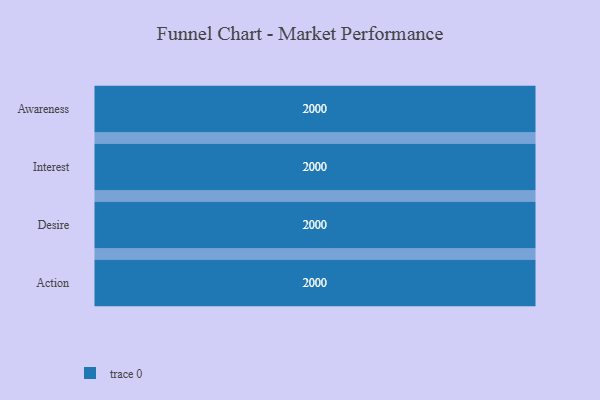
{"axis": {"x": "Stage", "y": "Value"}, "legend": [""], "data": [{"x": "Awareness", "y": 2000, "type": ""}, {"x": "Interest", "y": 2000, "type": ""}, {"x": "Desire", "y": 2000, "type": ""}, {"x": "Action", "y": 2000, "type": ""}]}